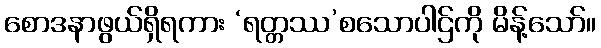
စောဒနာဖွယ်ရှိရကား ‘ရတ္တဿ’စသောပါဌ်ကို မိန့်သော်။